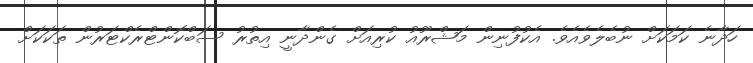
ހަދާނެ ކަމަކަށް ނުބެލެވެއެވެ. އެކުފުނިން މަޝްރޫއު ކުރިއަށް ގެންދާނީ އިތުރު ސަބްކޮންޓްރެކްޓަރުން ތަކަކަށް